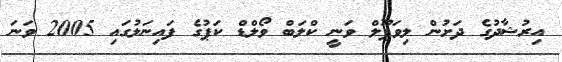
އިރުޝާދުގެ ދަށުން ލިވަޕޫލް ވަނީ ކްލަބް ވޯލްޑް ކަޕުގެ ފައިނަލުގައި 2005 ވަނަ